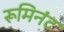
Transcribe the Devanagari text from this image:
रूमिनंट